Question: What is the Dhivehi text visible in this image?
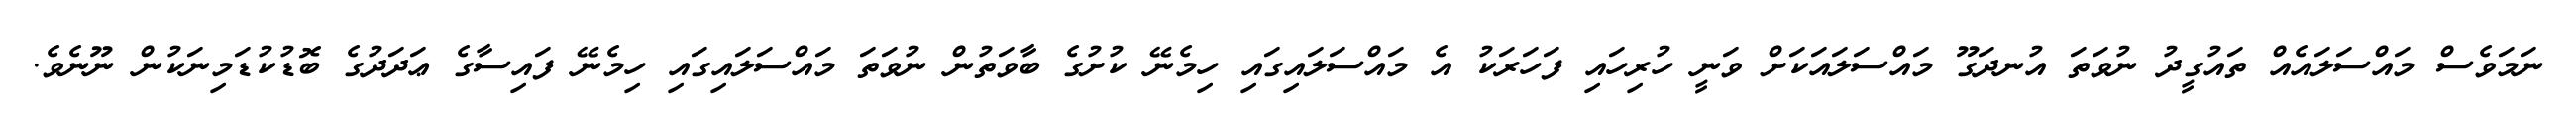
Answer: ނަމަވެސް މައްސަލައެއް ތައުގީދު ނުވަތަ އުނދަގޫ މައްސަލައަކަށް ވަނީ ހުރިހައި ފަހަރަކު އެ މައްސަލައިގައި ހިމެނޭ ކުށުގެ ބާވަތުން ނުވަތަ މައްސަލައިގައި ހިމެނޭ ފައިސާގެ ޢަދަދުގެ ބޮޑުކުޑަމިނަކުން ނޫނެވެ.